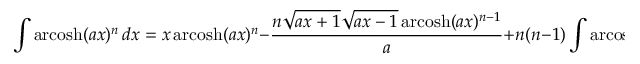
\int \operatorname { a r c o s h } ( a x ) ^ { n } \, d x = x \operatorname { a r c o s h } ( a x ) ^ { n } - { \frac { n { \sqrt { a x + 1 } } { \sqrt { a x - 1 } } \operatorname { a r c o s h } ( a x ) ^ { n - 1 } } { a } } + n ( n - 1 ) \int \operatorname { a r c o s h } ( a x ) ^ { n - 2 } \, d x